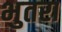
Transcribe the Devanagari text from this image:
भुतरा